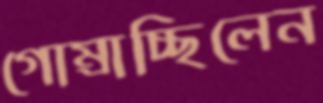
গোম্‌রাচ্ছিলেন